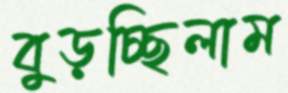
বুড়চ্ছিলাম